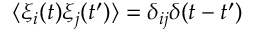
\langle \xi _ { i } ( t ) \xi _ { j } ( t ^ { \prime } ) \rangle = \delta _ { i j } \delta ( t - t ^ { \prime } )